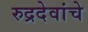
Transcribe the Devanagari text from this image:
रुद्रदेवांचे